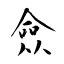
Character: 僉